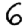
Digit: 6